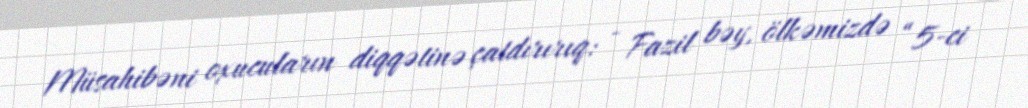
Müsahibəni oxucuların diqqətinə çatdırırıq: - Fazil bəy, ölkəmizdə “5-ci